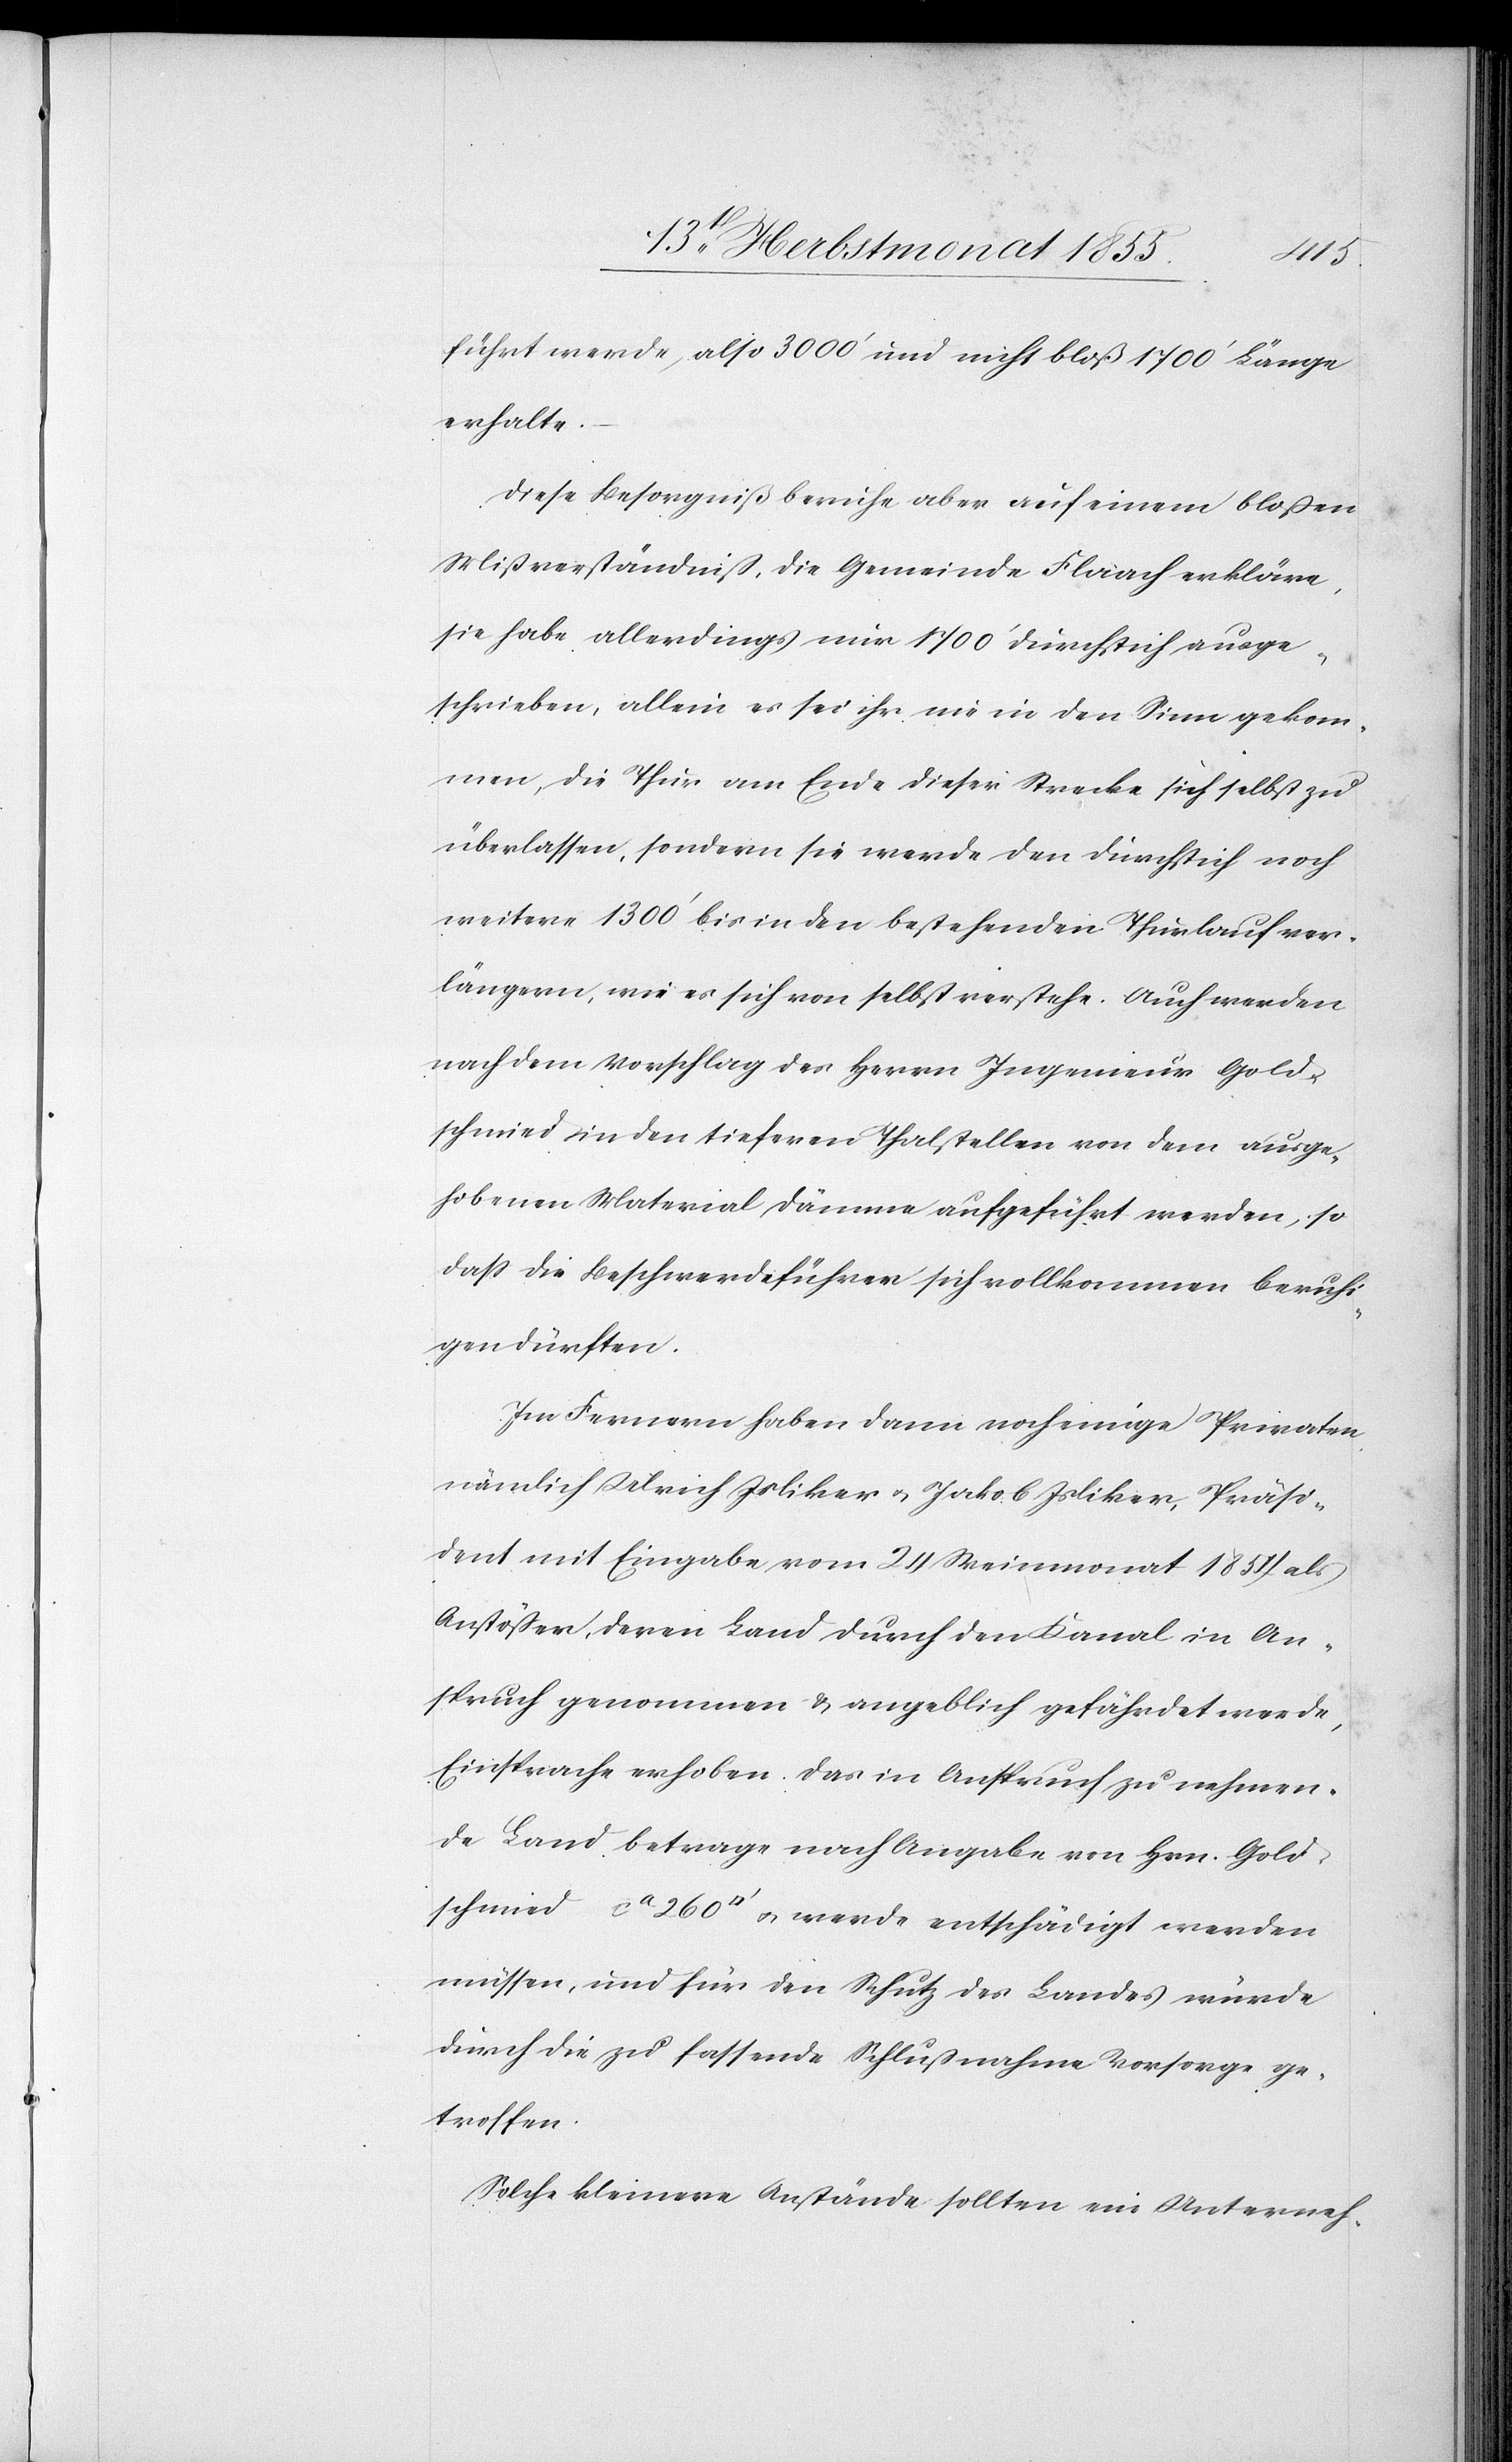
mied
führt werde, also 3000‘ und nicht bloß 1700‘ Länge
erhalte.
Diese Besorgniß beruhe aber auf einem bloßen
Mißverständniß, die Gemeinde Flaach erkläre,
sie habe allerdings nur 1700‘ Durchstich ausge¬
schrieben, allein es sei ihr nie in den Sinn gekom¬
men, die Thur am Ende dieser Strecke sich selbst zu
überlassen, sondern sie werde den Durchstich noch
weitere 1300‘ bis in den bestehenden Thurlauf ver¬
längern, wie es sich von selbst verstehe. Auch werden
nach dem Vorschlag des Herrn Ingenieur Gold¬
schmied in den tieferen Thalstellen von dem ausge¬
hobenen Material Dämme aufgeführt werden, so
dass die Beschwerdeführer sich vollkommen beruhi¬
gen dürften.
Im Fernern haben dann noch einige Privaten
nämlich Ulrich Isliker & Jakob Isliker, Präsi¬
dent mit Eingabe vom 24 Weinmonat 1854 als
Anstößer, deren Land durch den Kanal in An¬
spruch genommen & angeblich gefährdet werde,
Einsprache erhoben. Das in Anspruch zu nehmen¬
de Land betrage nach Angabe von Hrn. Gold¬
müssen, und für den Schutz des Landes würde
durch die zu fassende Schlußnahme Vorsorge ge¬
troffen.
Solche kleinere Anstände sollten ein Unterneh-